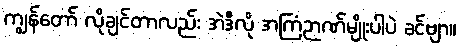
ကျွန်တော် လိုချင်တာလည်း အဲဒီလို အကြံဉာဏ်မျိုးပါပဲ ခင်ဗျာ။